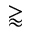
\gtrapprox